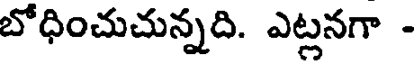
బోధించుచున్నది. ఎట్లనగా -